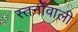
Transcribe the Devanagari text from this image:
स्तनोंवाली